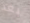
بعد